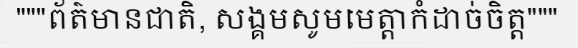
"""ព័ត៌មានជាតិ, សង្គមសូមមេត្តាកំដាច់ចិត្ត"""